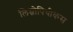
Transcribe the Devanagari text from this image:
लिम्नोपिथीकस